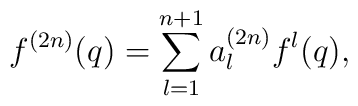
f^{(2n)}(q)= \sum_{l=1}^{n+1} a_l^{(2n)} f^l(q),